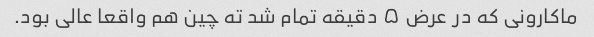
ماکارونی که در عرض ۵ دقیقه تمام شد ته چین هم واقعا عالی بود.